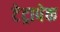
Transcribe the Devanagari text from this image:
टेट्रापेक